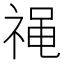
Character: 𫀓